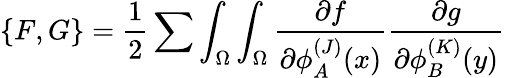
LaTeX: \{ F,G\} ={\frac{1}{2}}\sum\int_{\Omega}\int_{\Omega}{\frac{\partial f}{\partial\phi_{A}^{(J)}(x)}}{\frac{\partial g}{\partial\phi_{B}^{(K)}(y)}}